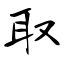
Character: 取